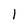
Character: I